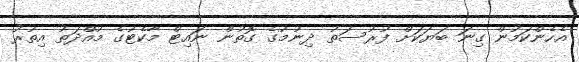
އެހެންކަމުން ގިނަ ބަޔަކަށް ފުރުސަތު ދިނުމުގެ ގޮތުން ނައިޓް މާކެޓުގެ މުއްދަތު އިތުރު